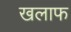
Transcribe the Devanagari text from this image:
खलाफ